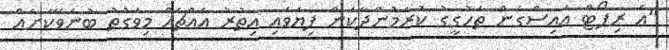
"އެ ރިޕޯޓް އައިސްގެން ތަހުގީގު ކުރަމުންދާކަން ފިޔަވައި އިތުރު އެއްޗެއް މިވަގުތު ބުނެވޭކަށެއް